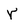
Character: r